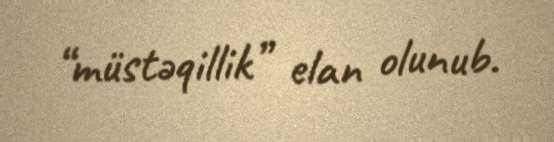
“müstəqillik” elan olunub.